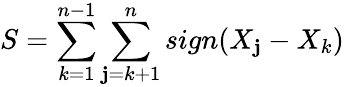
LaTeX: S={\sum_{k=1}^{n-1}\sum_{\mathbf{j}=k+1}^{n}sign(X_{\mathbf{j}}-X_{k})}